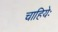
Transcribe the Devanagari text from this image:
चाहियेः